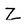
Character: Z